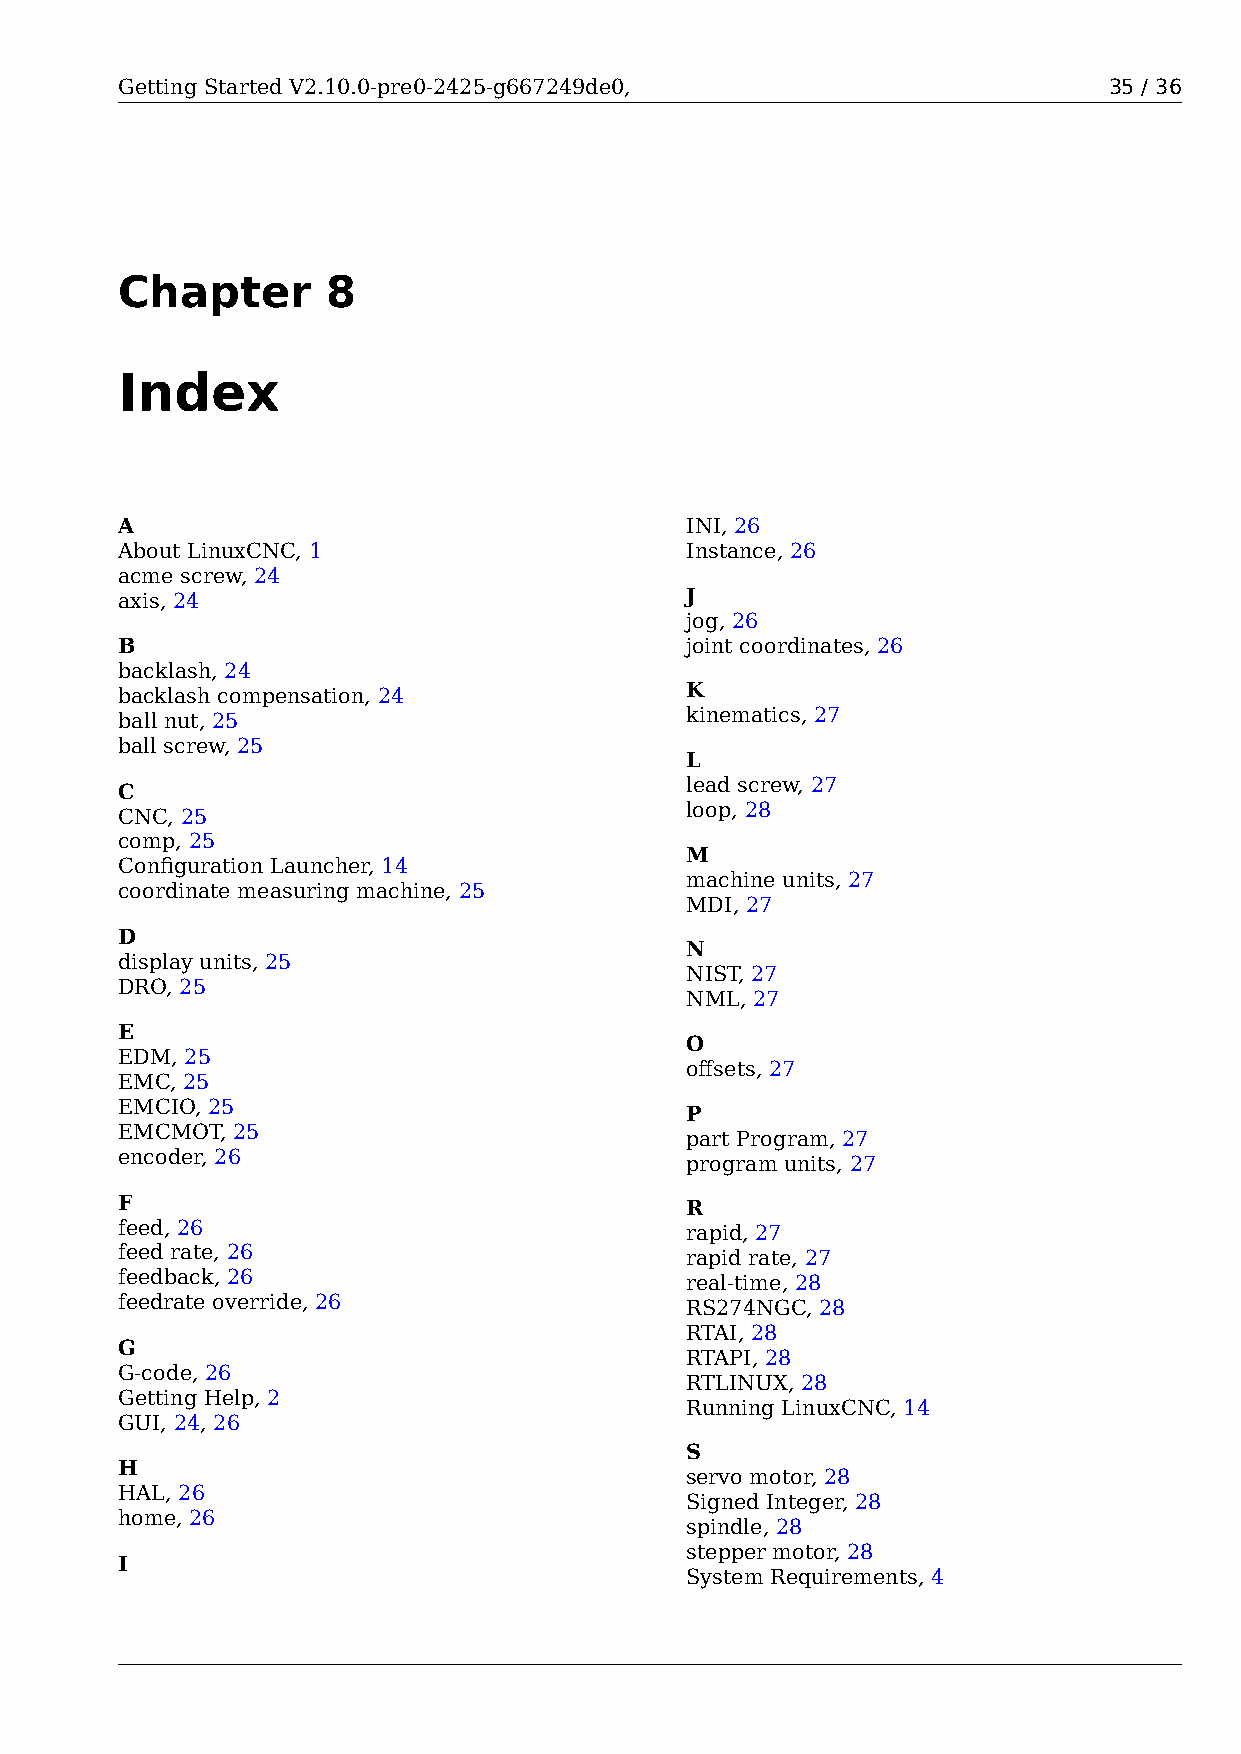
Getting Started V2.10.0-pre0-2425-g667249de0,                    35 / 36
 Chapter       8
 Index
 A                                    INI, 26
 About LinuxCNC, 1                    Instance, 26
 acme screw, 24
 axis, 24                             J
 jog, 26
 B                                    joint coordinates, 26
 backlash, 24
 backlash compensation, 24            K
 ball nut, 25                         kinematics, 27
 ball screw, 25
 L
 lead screw, 27
 C
 loop, 28
 CNC, 25
 comp, 25
 M
 Configuration Launcher, 14
 machine units, 27
 coordinate measuring machine, 25
 MDI, 27
 D
 N
 display units, 25
 NIST, 27
 DRO, 25
 NML, 27
 E
 O
 EDM, 25
 offsets, 27
 EMC, 25
 EMCIO, 25
 P
 EMCMOT, 25
 part Program, 27
 encoder, 26
 program units, 27
 F                                    R
 feed, 26                             rapid, 27
 feed rate, 26                        rapid rate, 27
 feedback, 26                         real-time, 28
 feedrate override, 26                RS274NGC, 28
 RTAI, 28
 G
 RTAPI, 28
 G-code, 26
 RTLINUX, 28
 Getting Help, 2
 Running LinuxCNC, 14
 GUI, 24, 26
 S
 H
 servo motor, 28
 HAL, 26
 Signed Integer, 28
 home, 26
 spindle, 28
 stepper motor, 28
 I
 System Requirements, 4